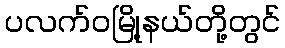
ပလက်ဝမြို့နယ်တို့တွင်